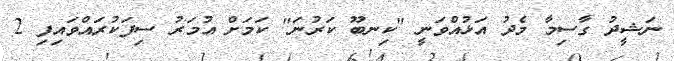
ނަޝީދު ގާސިމާ މެދު އަޅުއްވަނީ "ކިނބޫ ކަރުނަ" ކަމަށް އުމަރު ސިފަކުރައްވައިފި 2